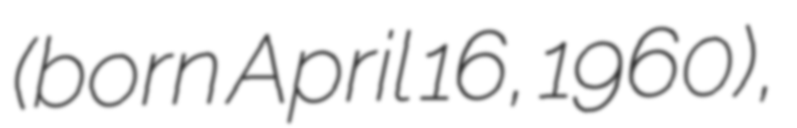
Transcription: (born April 16, 1960),